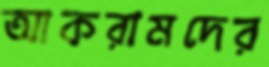
আকরামদের